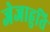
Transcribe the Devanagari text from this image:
जेजाहुति